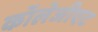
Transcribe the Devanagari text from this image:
कॉलेजीएट